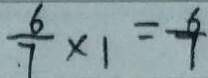
\frac { 6 } { 7 } \times 1 = \frac { 6 } { 7 }